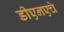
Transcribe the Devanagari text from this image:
डीएनएचे